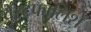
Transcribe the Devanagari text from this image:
वेस्टफालिशे